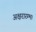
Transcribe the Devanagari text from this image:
अक्षरारम्भ।